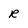
Character: R